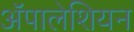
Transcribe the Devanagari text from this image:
ॲपालेशियन